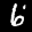
Label: 6